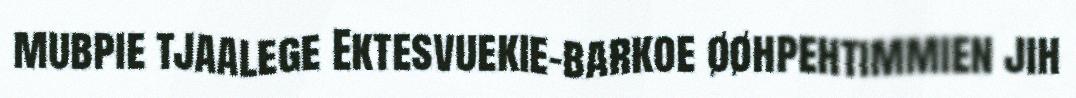
mubpie tjaalege Ektesvuekie-barkoe øøhpehtimmien jih